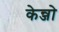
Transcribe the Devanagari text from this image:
केन्जो